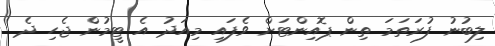
ލިބުނު ފުރަތަމަ ތިން ޕޮއިންޓަށް ވެފައި މިއަދު އެ ޓީމުން ޖެހި ދެ